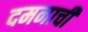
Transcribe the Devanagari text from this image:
दमनाची